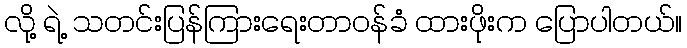
လို့ ရဲ့ သတင်းပြန်ကြားရေးတာဝန်ခံ ထားဖိုးက ပြောပါတယ်။